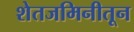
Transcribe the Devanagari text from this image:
शेतजमिनीतून